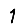
Digit: 1